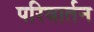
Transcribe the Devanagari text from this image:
परिवार्तन